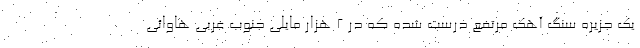
یک جزیره سنگ آهک مرتفع درست شده که در ۲ هزار مایلی جنوب غربی هاوائی